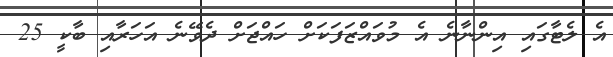
އެ ލެޓާގައި އިންނާނެ އެ މުވައްޒަފަކަށް ހައްޖަށް ދެވޭނެ އަހަރާއި ބާކީ 25